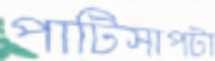
পাটিসাপটা